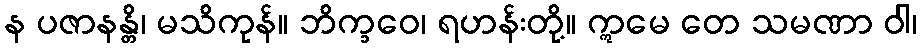
န ပဇာနန္တိ၊ မသိကုန်။ ဘိက္ခဝေ၊ ရဟန်းတို့။ ဣမေ တေ သမဏာ ဝါ၊